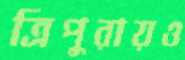
ত্রিপুরায়ও